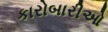
કારોબારીઓ